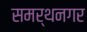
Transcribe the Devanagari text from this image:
समर्थनगर